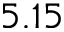
5 . 1 5